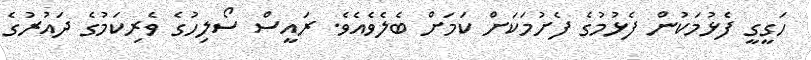
ހަގީގީ ފެޅުމަކުން ފެޅުމުގެ ފެށުމަކަށް ކަަމަށް ބެލެވެއެވެ. ރައީސް ސޯލިހުގެ ވެރިކަމުގެ ދަައުރުގެ